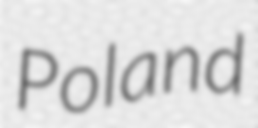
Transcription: Poland